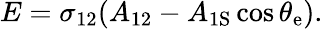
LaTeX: E=\sigma_{12}(A_{\mathrm{{12}}}-A_{\mathrm{{1S}}}\cos\theta_{\mathrm{{e}}}).